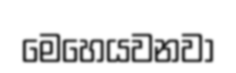
මෙහෙයවනවා